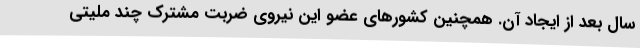
سال بعد از ایجاد آن. همچنین کشورهای عضو این نیروی ضربت مشترک چند ملیتی